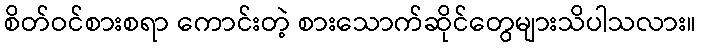
စိတ်ဝင်စားစရာ ကောင်းတဲ့ စားသောက်ဆိုင်တွေများသိပါသလား။